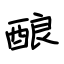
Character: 酿